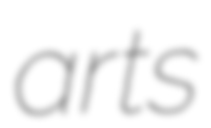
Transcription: arts